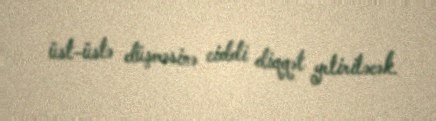
üst-üstə düşməsinə ciddi diqqət yetiriləcək.